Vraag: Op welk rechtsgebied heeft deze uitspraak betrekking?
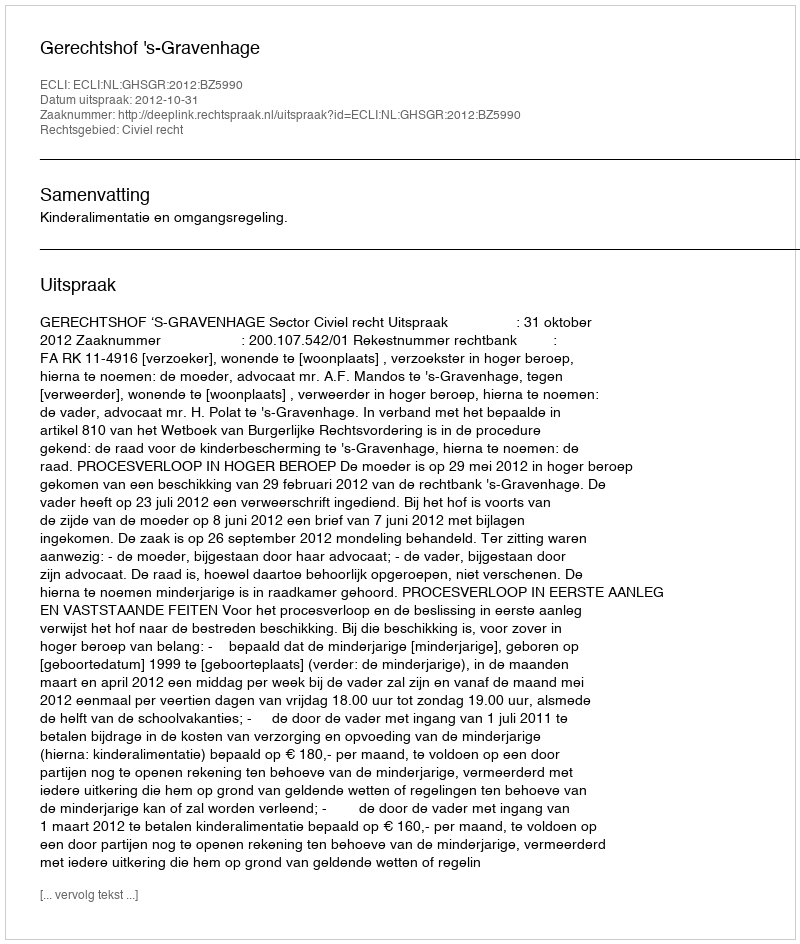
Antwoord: Civiel recht